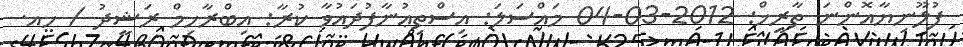
ފުލޫނިޔާއޮންނަ ތާރީޚް: 2012-03-04 މައްސަލަ: އިސްތިޢުނާފުދައުވާ ކުރާ: އިބްރާހިމް ރަޝީދު / ހއ.